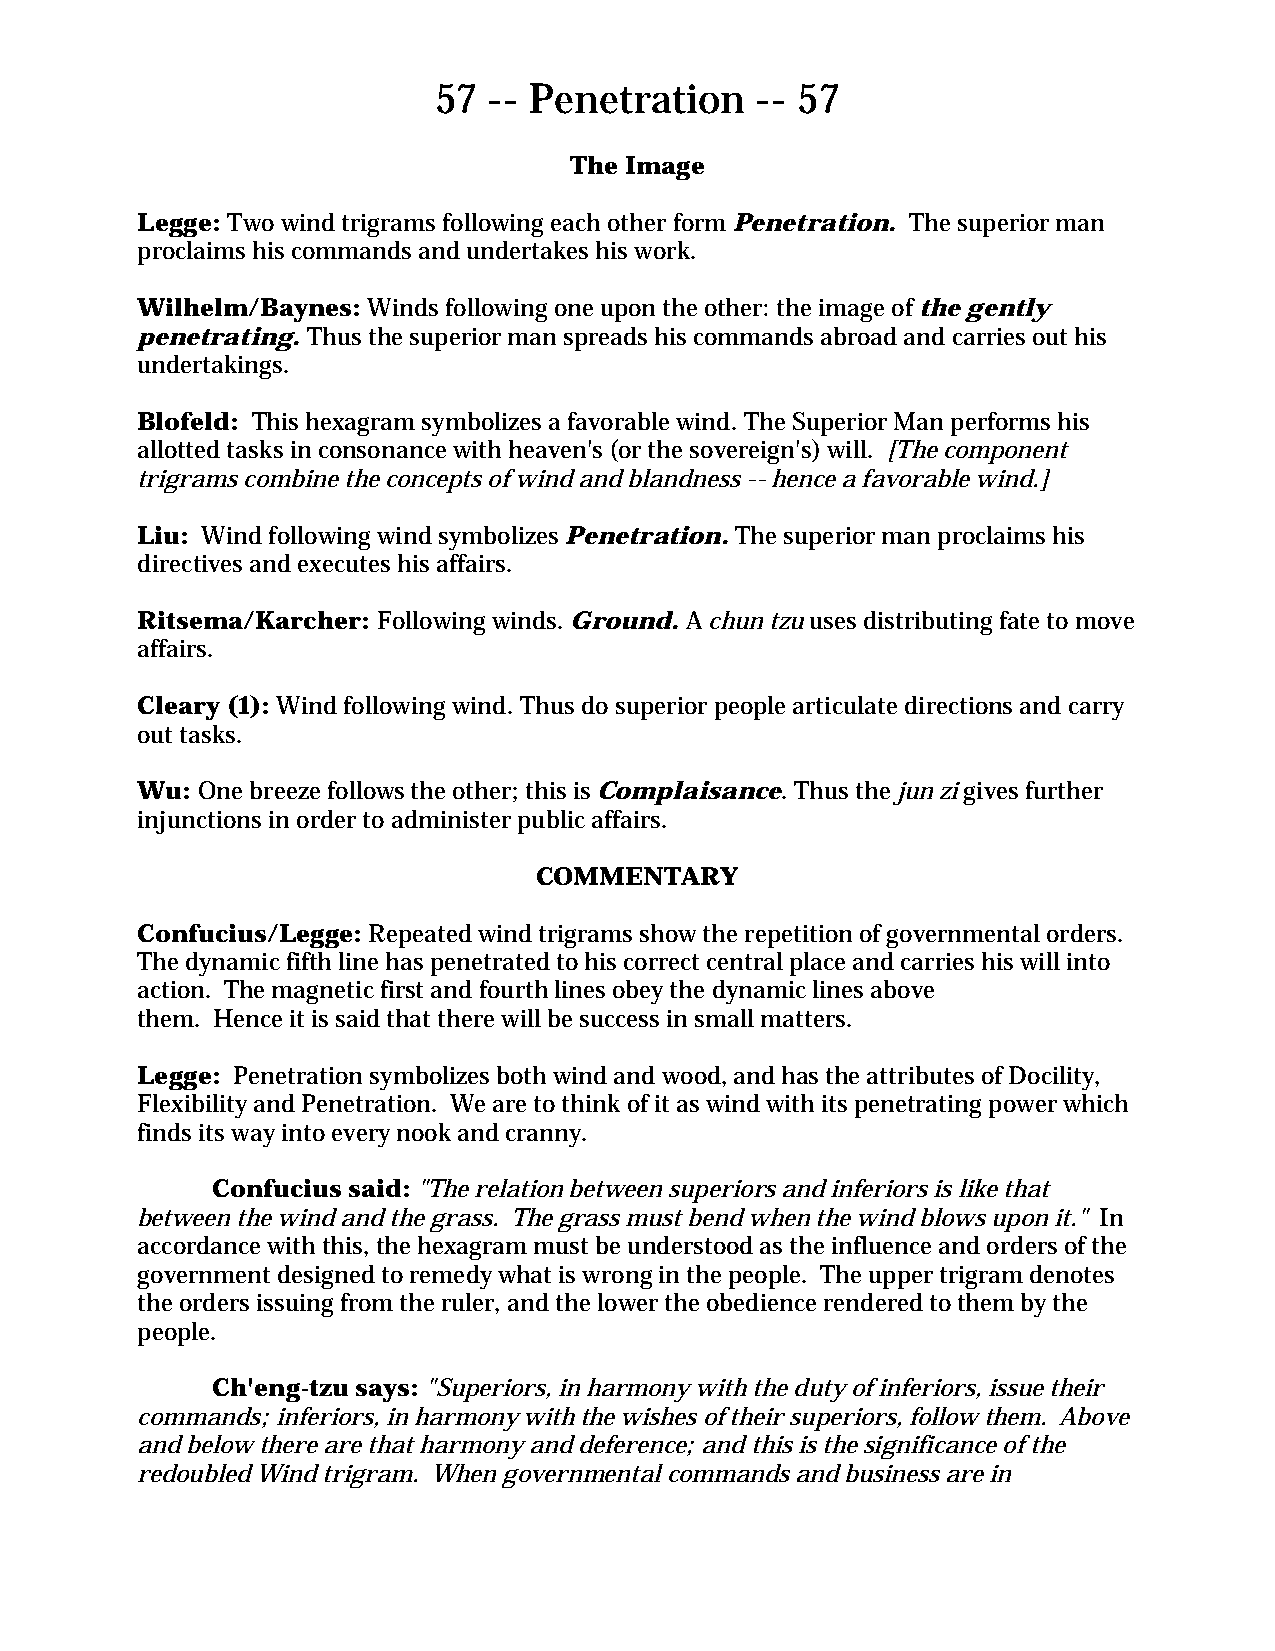
57 -- Penetration    -- 57
 The Image
 Legge: Two wind trigrams following each other form Penetration. The superior man
 proclaims his commands and undertakes his work.
 Wilhelm/Baynes: Winds following one upon the other: the image of the gently
 penetrating. Thus the superior man spreads his commands abroad and carries out his
 undertakings.
 Blofeld: This hexagram symbolizes a favorable wind. The Superior Man performs his
 allotted tasks in consonance with heaven's (or the sovereign's) will. [The component
 trigrams combine the concepts of wind and blandness -- hence a favorable wind.]
 Liu: Wind following wind symbolizes Penetration. The superior man proclaims his
 directives and executes his affairs.
 Ritsema/Karcher: Following winds. Ground. A chun tzu uses distributing fate to move
 affairs.
 Cleary (1): Wind following wind. Thus do superior people articulate directions and carry
 out tasks.
 Wu: One breeze follows the other; this is Complaisance. Thus the jun zi gives further
 injunctions in order to administer public affairs.
 COMMENTARY
 Confucius/Legge: Repeated wind trigrams show the repetition of governmental orders.
 The dynamic fifth line has penetrated to his correct central place and carries his will into
 action. The magnetic first and fourth lines obey the dynamic lines above
 them. Hence it is said that there will be success in small matters.
 Legge: Penetration symbolizes both wind and wood, and has the attributes of Docility,
 Flexibility and Penetration. We are to think of it as wind with its penetrating power which
 finds its way into every nook and cranny.
 Confucius said: "The relation between superiors and inferiors is like that
 between the wind and the grass. The grass must bend when the wind blows upon it." In
 accordance with this, the hexagram must be understood as the influence and orders of the
 government designed to remedy what is wrong in the people. The upper trigram denotes
 the orders issuing from the ruler, and the lower the obedience rendered to them by the
 people.
 Ch'eng-tzu says: "Superiors, in harmony with the duty of inferiors, issue their
 commands; inferiors, in harmony with the wishes of their superiors, follow them. Above
 and below there are that harmony and deference; and this is the significance of the
 redoubled Wind trigram. When governmental commands and business are in